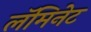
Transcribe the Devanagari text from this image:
लॅमिनेट